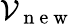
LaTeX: \mathcal{V}_{\mathrm{~n~e~w~}}